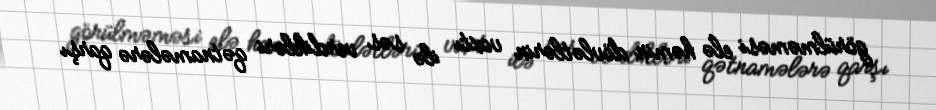
görülməməsi elə həmin dövlətlərin vaxtı ilə səs verdikləri qətnamələrə qarşı